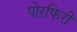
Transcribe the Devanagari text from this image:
पोरफिरी